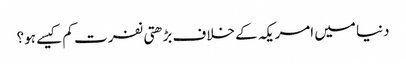
دنیا میں امریکہ کے خلاف بڑھتی نفرت کم کیسے ہو؟